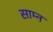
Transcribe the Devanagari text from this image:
साम्न